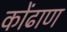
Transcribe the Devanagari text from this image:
कोंढाण